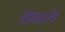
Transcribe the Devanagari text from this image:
हेनरॊ